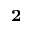
^ \mathbf { 2 }